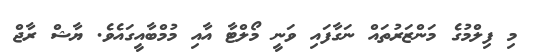
މި ފިލްމުގެ މަންޒަރުތައް ނަގާފައި ވަނީ މޯލްޓާ އާއި މުމްބާއީގައެވެ. ޔާޝް ރާޖް